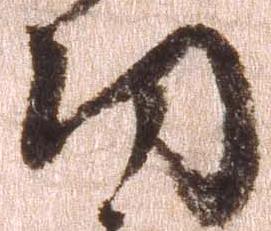
功